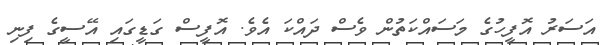
އަސަރު އޮފީހުގެ މަސައްކަތުން ވެސް ދައްކަ އެވެ. އޮފީސް ގަޑީގައި އޭސީގެ ފިނި